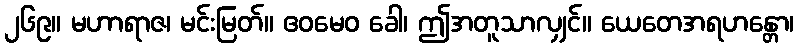
၂၆၉။ မဟာရာဇ၊ မင်းမြတ်။ ဧဝမေဝ ခေါ၊ ဤအတူသာလျှင်။ ယေတေအရဟန္တော၊